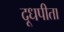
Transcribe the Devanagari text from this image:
दूधपीता